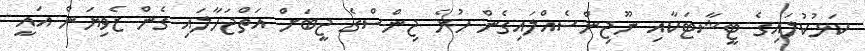
ކަޅުކުލައިގެ ޓީޝާޓަކާއި ނޫޖިންސެއްލައިގެން ހުރެ ޖިންސްގެ ޖީބަށް އަތްޖަހާލައި ގެން ޒެވިޔަން އައީ